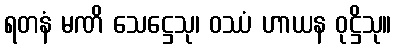
ရတနံ မဏိ သေဋ္ဌေသု၊ ဝဿံ ဟာယန ဝုဋ္ဌိသု။